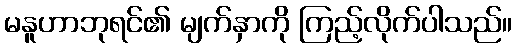
မနူဟာဘုရင်၏ မျက်နှာကို ကြည့်လိုက်ပါသည်။